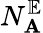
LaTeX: N_{\mathbf{A}}^{\mathbb{{E}}}